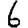
Digit: 6